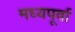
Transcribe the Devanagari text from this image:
मध्यपूर्वा